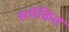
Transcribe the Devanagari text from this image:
समेकित